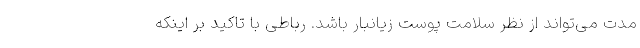
مدت می‌تواند از نظر سلامت پوست زیانبار باشد. رباطی با تاکید بر اینکه